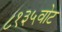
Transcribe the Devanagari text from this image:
८१३५वोट